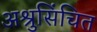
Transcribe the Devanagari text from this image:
अश्रुसिंचित